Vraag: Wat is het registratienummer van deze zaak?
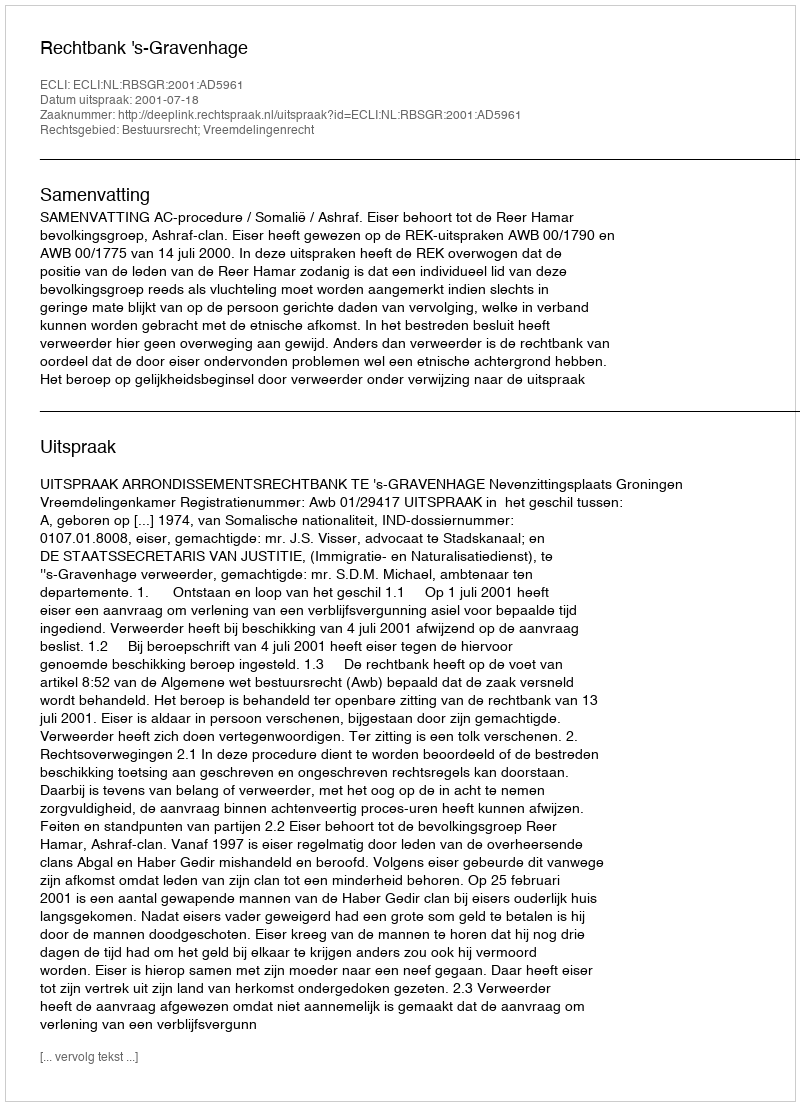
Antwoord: http://deeplink.rechtspraak.nl/uitspraak?id=ECLI:NL:RBSGR:2001:AD5961